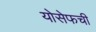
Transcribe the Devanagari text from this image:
योसेफची